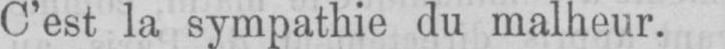
C’est la sympathie du malheur.